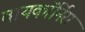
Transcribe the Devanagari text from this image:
बायकॉर्निस